Annual administration report of the Civil Veterinary Department of India - 1895-1896
Year: 1895
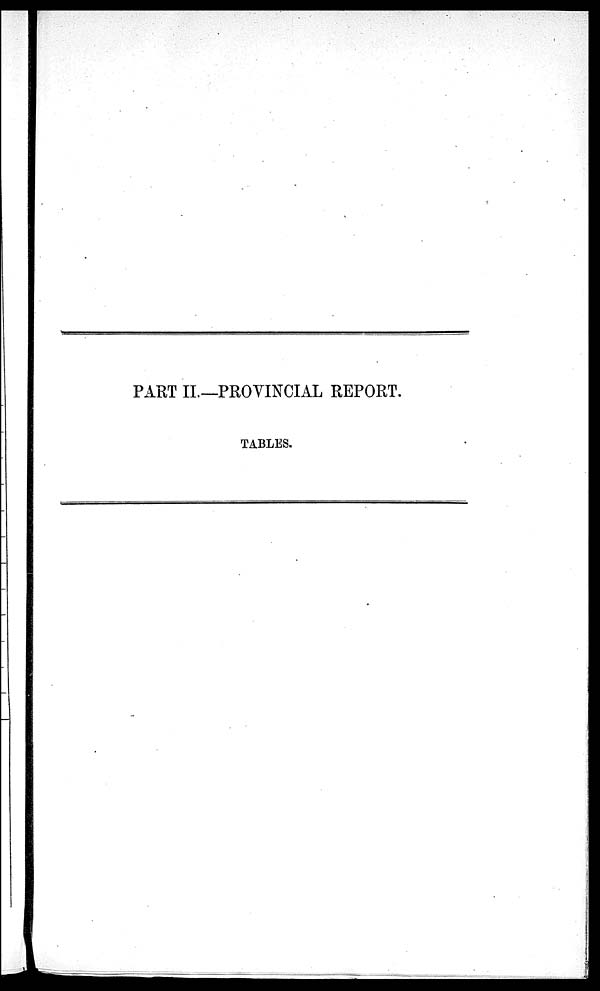
PART II.—PROVINCIAL REPORT.
TABLES.